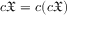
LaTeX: c { \mathfrak { X } } = c ( c { \mathfrak { X } } )